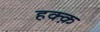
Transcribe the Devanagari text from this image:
हक्क़